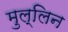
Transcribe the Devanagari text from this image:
मुल्लिन